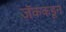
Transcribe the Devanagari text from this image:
जॅककडून